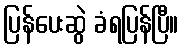
ပြန်ပေးဆွဲ ခံရပြန်ပြီ။